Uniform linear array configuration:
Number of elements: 24
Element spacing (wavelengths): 0.75
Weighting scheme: exponential
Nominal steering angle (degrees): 0
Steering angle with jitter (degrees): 1.101
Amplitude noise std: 0.05
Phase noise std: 0.05

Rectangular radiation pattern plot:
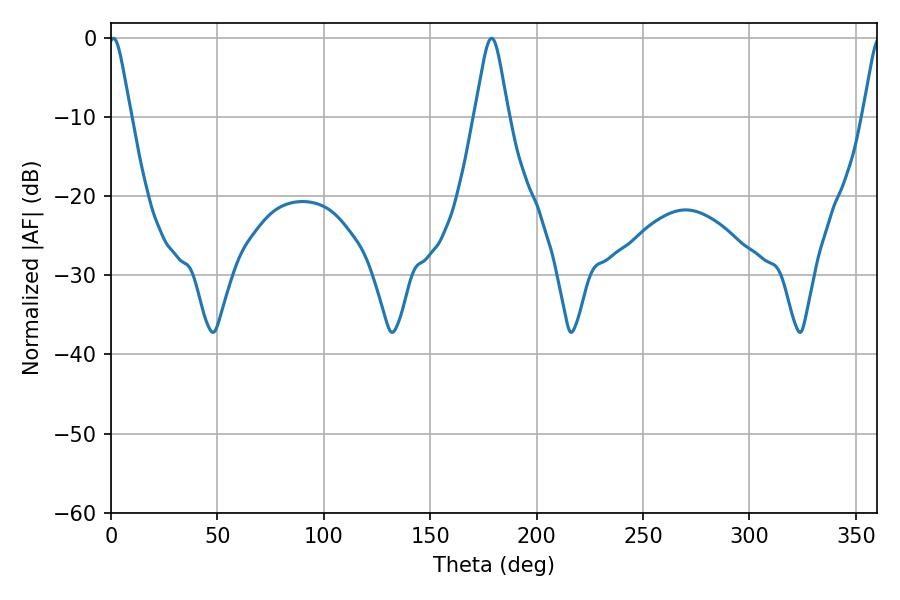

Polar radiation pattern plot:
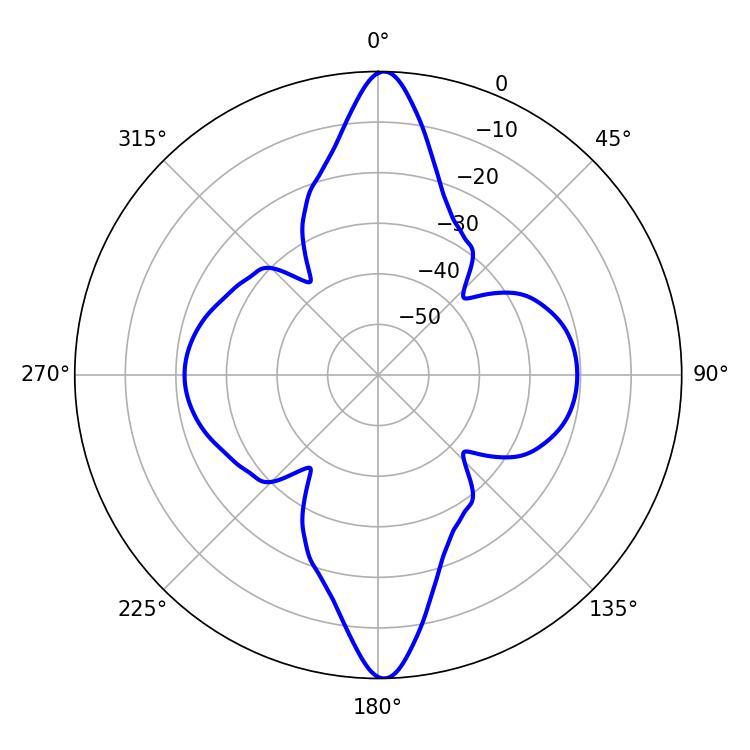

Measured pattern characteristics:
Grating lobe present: TRUE
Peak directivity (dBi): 24.597
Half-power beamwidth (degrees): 5.04
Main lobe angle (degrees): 1.08